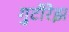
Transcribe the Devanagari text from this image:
गुटीरेझ